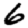
Digit: 6